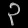
Digit: ၃